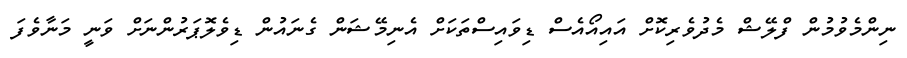
ނިންމެވުމުން ފްލޭޝް މެދުވެރިކޮށް އައިއޯއެސް ޑިވައިސްތަކަށް އެނިމޭޝަން ގެނައުން ޑިވެލޮޕަރުންނަށް ވަނީ މަނާވެފަ